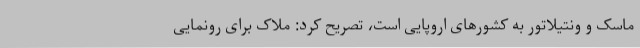
ماسک و ونتیلاتور به کشورهای اروپایی است، تصریح کرد: ملاک برای رونمایی